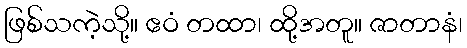
ဖြစ်သကဲ့သို့။ ဧဝံ တထာ၊ ထို့အတူ။ ဇာတာနံ၊